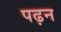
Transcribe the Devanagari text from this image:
पढ़न